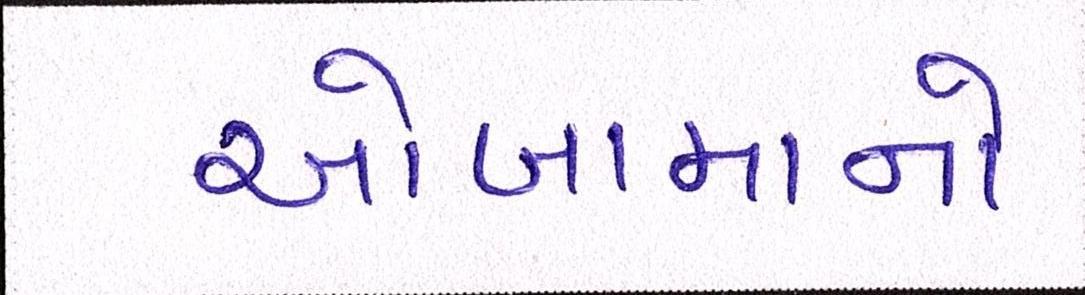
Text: ઓબામાનો